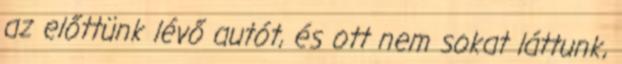
az előttünk lévő autót, és ott nem sokat láttunk,